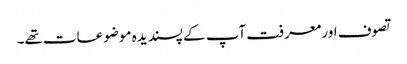
تصوف اور معرفت آپ کے پسندیدہ موضوعات تھے۔